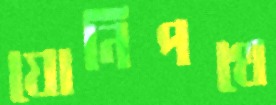
যোনিপথে